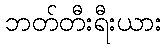
ဘတ်တီးရီးယား